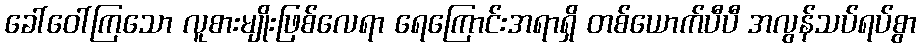
ခေါ်ဝေါ်ကြသော လူစားမျိုးဖြစ်လေရာ ရေကြောင်းအရာရှိ တစ်ယောက်ပီပီ အလွန်သပ်ရပ်စွာ